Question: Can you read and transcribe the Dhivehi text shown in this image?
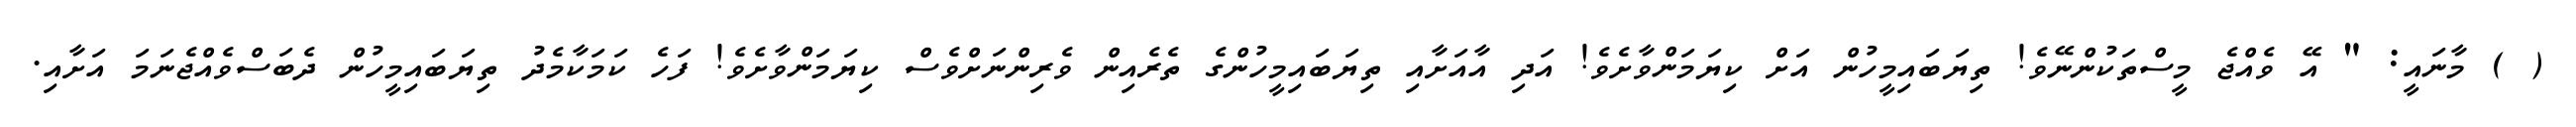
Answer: ( ) މާނައީ: " އޭ ވެއްޖެ މީސްތަކުންނޭވެ! ތިޔަބައިމީހުން އަށް ކިޔަމަންވާށެވެ! އަދި އާއަށާއި ތިޔަބައިމީހުންގެ ތެރެއިން ވެރިންނަށްވެސް ކިޔަމަންވާށެވެ! ފަހެ ކަމަކާމެދު ތިޔަބައިމީހުން ދެބަސްވެއްޖެނަމަ އަށާއި.